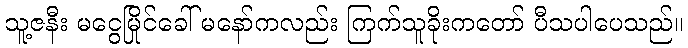
သူ့ဇနီး မငွေမြိုင်ခေါ် မနော်ကလည်း ကြက်သူခိုးကတော် ပီသပါပေသည်။